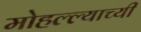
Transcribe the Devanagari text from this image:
मोहल्ल्याच्यी